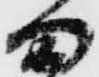
ま